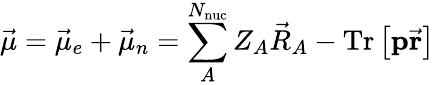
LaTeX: \vec{\mu}=\vec{\mu}_{e}+\vec{\mu}_{n}=\sum_{A}^{N_{\textrm{nuc}}}Z_{A}\vec{R}_{A}-\mathrm{Tr}\left[\mathbf{p}\vec{\mathbf{r}}\right]